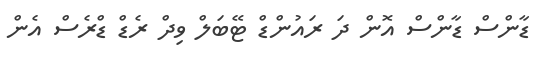
ޑާންސް ޑާންސް އޮން ދަ ރައުންޑް ޓޭބަލް ވިދް ރެޑް ޑްރެސް އެން